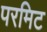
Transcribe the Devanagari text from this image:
परमिट